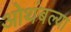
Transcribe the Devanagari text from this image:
ओथंबल्या